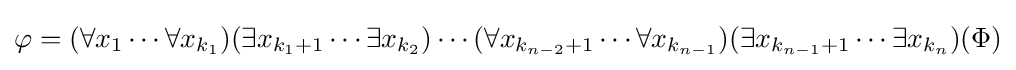
\varphi =(\forall x_{1}\cdots \forall x_{k_{1}})(\exists x_{k_{1}+1}\cdots \exists x_{k_{2}})\cdots (\forall x_{k_{n-2}+1}\cdots \forall x_{k_{n-1}})(\exists x_{k_{n-1}+1}\cdots \exists x_{k_{n}})(\Phi )